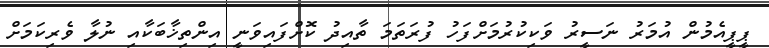
ޕީޕީއެމުން އުމަރު ނަސީރު ވަކިކުރުމަށްފަހު ފުރަތަމަ ތާއިދު ކޮށްފައިވަނީ އިންތިޚާބަކާއި ނުލާ ވެރިކަމަށް